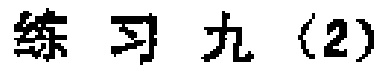
练习九 (2)